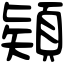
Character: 𩓙